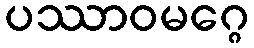
ပဿာဝမဂ္ဂေ